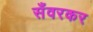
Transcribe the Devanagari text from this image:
सँवरकर